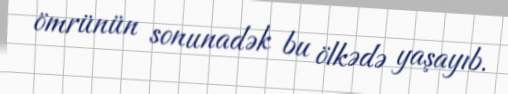
ömrünün sonunadək bu ölkədə yaşayıb.